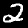
Digit: 2